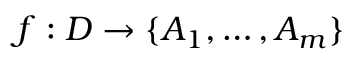
f : D \rightarrow \{ A _ { 1 } , \dots , A _ { m } \}